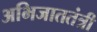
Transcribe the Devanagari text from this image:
अभिजाततंत्री